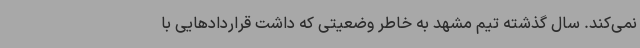
نمی‌کند. سال گذشته تیم مشهد به خاطر وضعیتی که داشت قراردادهایی با